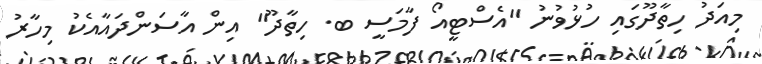
މިއަދު ހިތާދޫގައި ހުޅުވުނު "އެސްޓީއޯ ފާމަސީ ބ. ހިތާދޫ" އިން އާސަންދައާއެކު މިހާރު